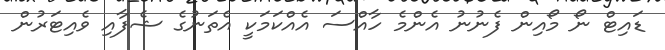
ޑައިޓް ނޯ މޯއިން ފެނުނު އެންމެ ހާއްސަ އެއްކަމަކީ އެތަނުގެ ޝެފާއި ވެއިޓަރުން